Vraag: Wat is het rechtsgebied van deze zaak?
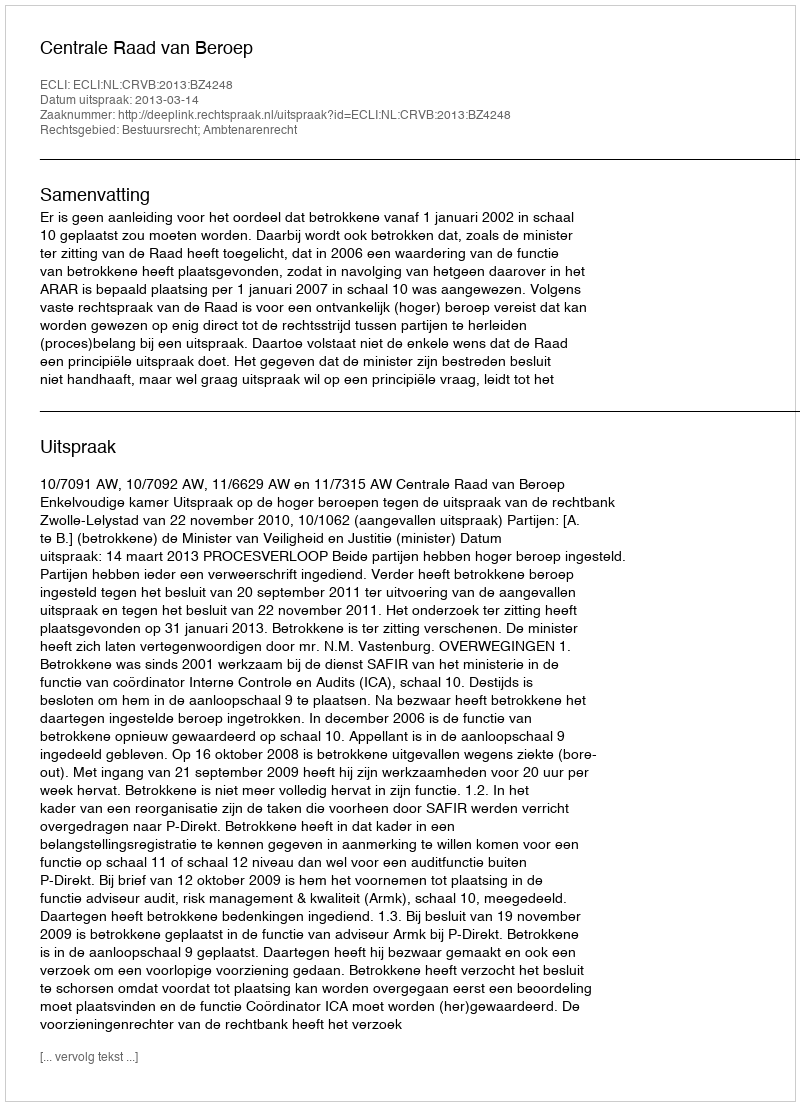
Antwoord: Bestuursrecht; Ambtenarenrecht